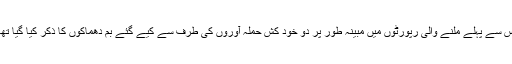
اس سے پہلے ملنے والی رپورٹوں میں مبینہ طور پر دو خود کش حملہ آوروں کی طرف سے کیے گئے بم دھماکوں کا ذکر کیا گیا تھا۔